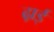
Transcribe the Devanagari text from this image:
ढ्राई